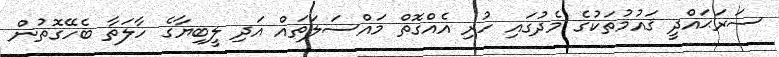
ސަރަޙައްދީ ޤައުމުތަކުގެ މެދުގައި ހުރި އެއްގޮތް މައްސަލަތައް އަދި ލީބިޔާގެ ހާލަތާ ބެހޭގޮތުން